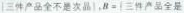
| 三件产品全部是次品 |$$，$$B = | 三件产品全是